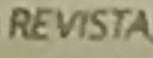
REVISTA